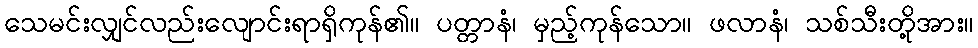
သေမင်းလျှင်လည်းလျောင်းရာရှိကုန်၏။ ပတ္တာနံ၊ မှည့်ကုန်သော။ ဖလာနံ၊ သစ်သီးတို့အား။